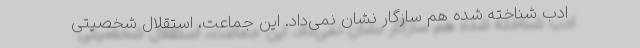
ادب شناخته شده هم سازگار نشان نمی‌داد. این جماعت، استقلال شخصیتی